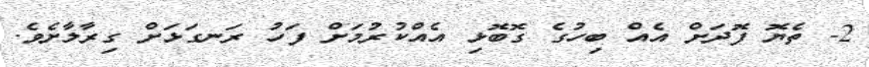
2- ތެޔޮ ފޮދަށް އެއް ބިހުގެ ގޮބޮޅި އެއްކުރުމަށް ފަހު ރަނގަޅަށް ގިރާލާށެވެ.